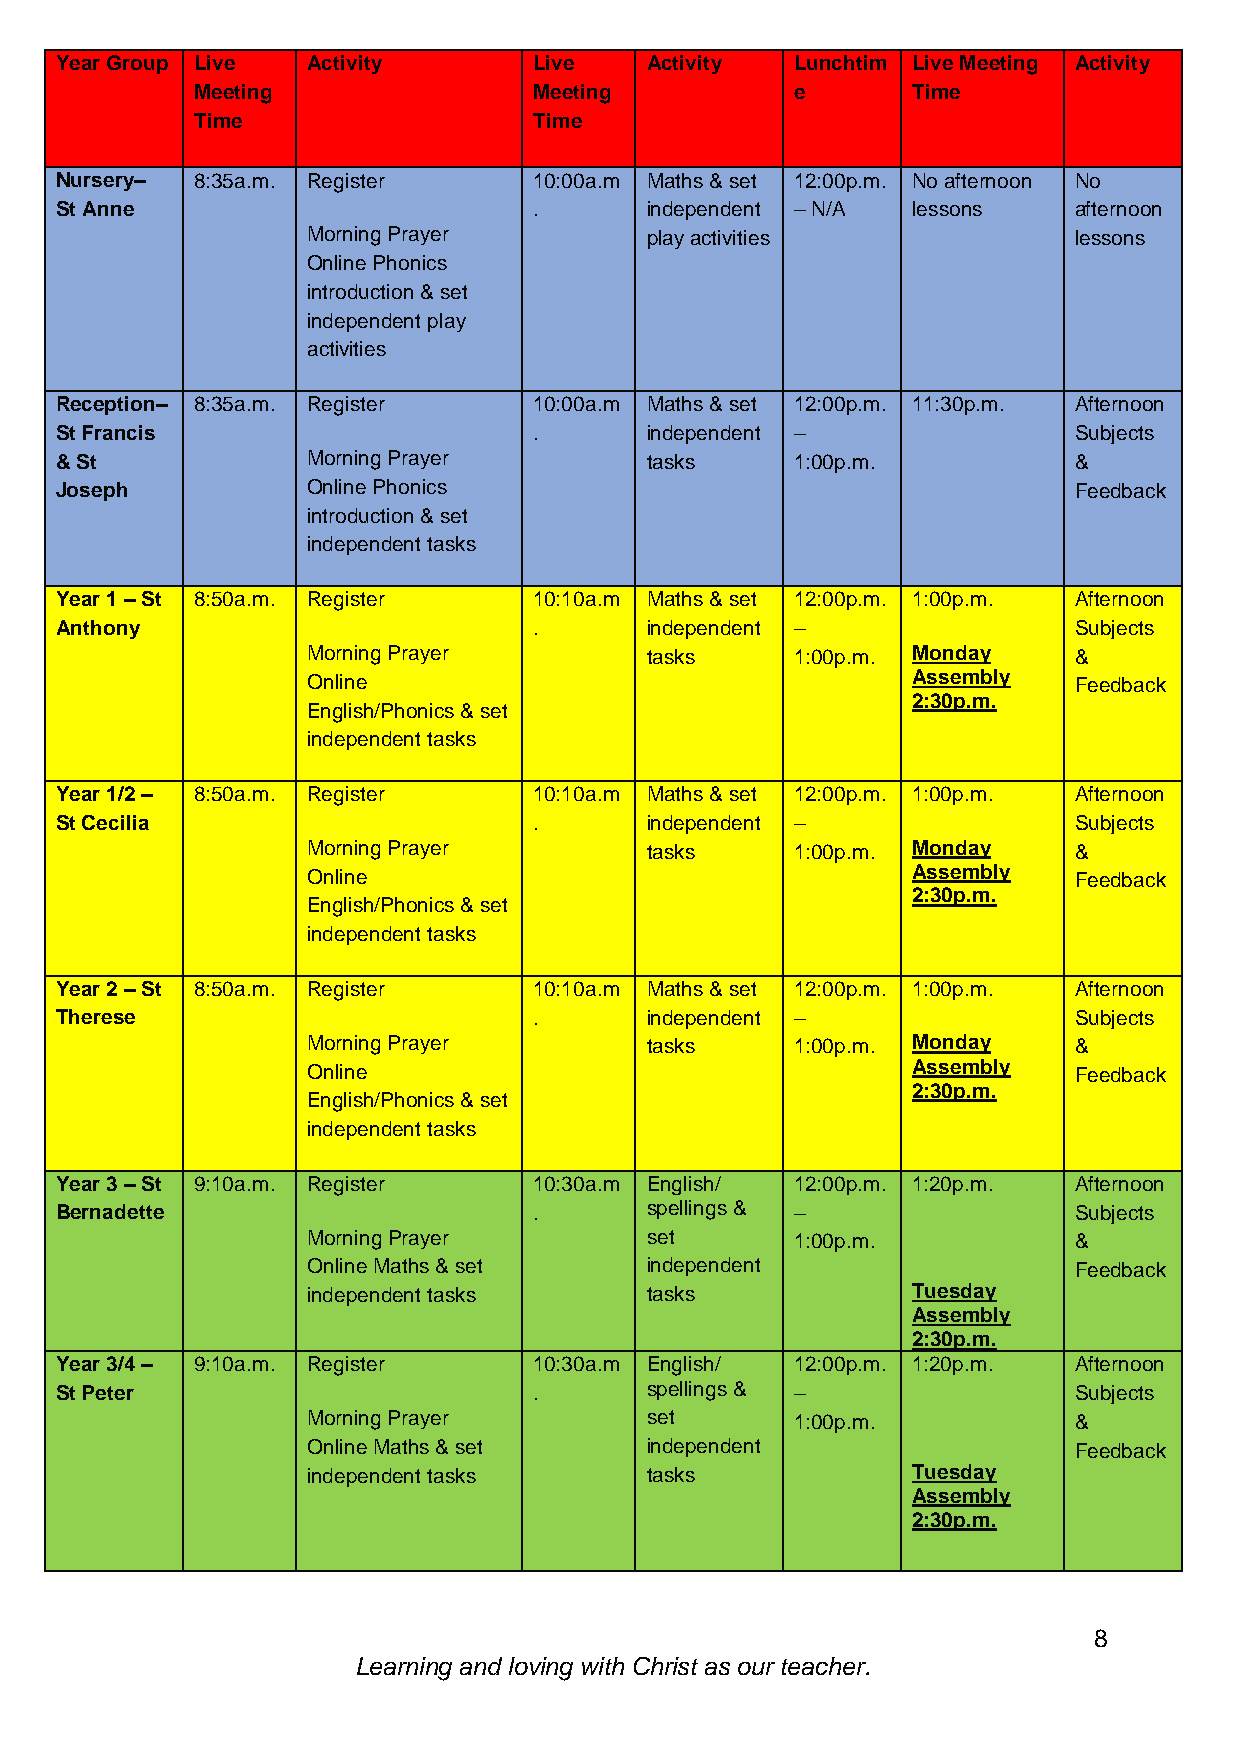
Year Group Live Activity       Live    Activity  Lunchtim Live Meeting Activity
 Meeting               Meeting           e      Time
 Time                  Time
 Nursery– 8:35a.m. Register     10:00a.m Maths & set 12:00p.m. No afternoon No
 St Anne                        .       independent – N/A lessons   afternoon
 Morning Prayer         play activities             lessons
 Online Phonics
 introduction & set
 independent play
 activities
 Reception– 8:35a.m. Register   10:00a.m Maths & set 12:00p.m. 11:30p.m. Afternoon
 St Francis                     .       independent –               Subjects
 & St            Morning Prayer         tasks     1:00p.m.          &
 Joseph          Online Phonics                                     Feedback
 introduction & set
 independent tasks
 Year 1 – St 8:50a.m. Register  10:10a.m Maths & set 12:00p.m. 1:00p.m. Afternoon
 Anthony                        .       independent –               Subjects
 Morning Prayer         tasks     1:00p.m. Monday   &
 Online                                  Assembly   Feedback
 2:30p.m.
 English/Phonics & set
 independent tasks
 Year 1/2 – 8:50a.m. Register   10:10a.m Maths & set 12:00p.m. 1:00p.m. Afternoon
 St Cecilia                     .       independent –               Subjects
 Morning Prayer         tasks     1:00p.m. Monday   &
 Online                                  Assembly   Feedback
 2:30p.m.
 English/Phonics & set
 independent tasks
 Year 2 – St 8:50a.m. Register  10:10a.m Maths & set 12:00p.m. 1:00p.m. Afternoon
 Therese                        .       independent –               Subjects
 Morning Prayer         tasks     1:00p.m. Monday   &
 Online                                  Assembly   Feedback
 2:30p.m.
 English/Phonics & set
 independent tasks
 Year 3 – St 9:10a.m. Register  10:30a.m English/ 12:00p.m. 1:20p.m. Afternoon
 Bernadette                     .       spellings & –               Subjects
 Morning Prayer         set       1:00p.m.          &
 Online Maths & set     independent                 Feedback
 independent tasks      tasks            Tuesday
 Assembly
 2:30p.m.
 Year 3/4 – 9:10a.m. Register   10:30a.m English/ 12:00p.m. 1:20p.m. Afternoon
 St Peter                       .       spellings & –               Subjects
 Morning Prayer         set       1:00p.m.          &
 Online Maths & set     independent                 Feedback
 independent tasks      tasks            Tuesday
 Assembly
 2:30p.m.
 8
 Learning and loving with Christ as our teacher.